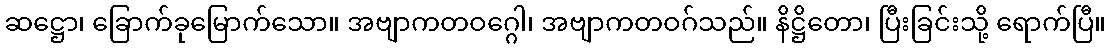
ဆဋ္ဌော၊ ခြောက်ခုမြောက်သော။ အဗျာကတဝဂ္ဂေါ၊ အဗျာကတဝဂ်သည်။ နိဋ္ဌိတော၊ ပြီးခြင်းသို့ ရောက်ပြီ။